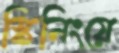
স্কিনিংয়ে